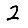
Digit: 2